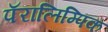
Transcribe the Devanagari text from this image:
पॅरालिम्पिक